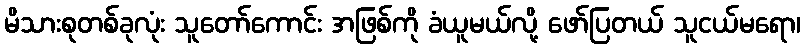
မိသားစုတစ်ခုလုံး သူတော်ကောင်း အဖြစ်ကို ခံယူမယ်လို့ ဖော်ပြတယ် သူငယ်မရော၊